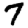
Digit: 7